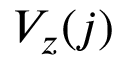
V _ { z } ( j )